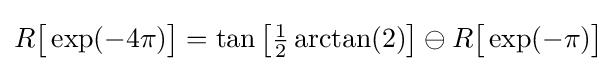
R{\bigl [}\exp(-4\pi ){\bigr ]}=\tan {\bigl [}{\tfrac {1}{2}}\arctan(2){\bigr ]}\ominus R{\bigl [}\exp(-\pi ){\bigr ]}